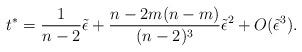
LaTeX: \begin{align*}t^\ast = {1 \over n-2}\tilde \epsilon+{n-2 m(n-m) \over (n-2)^3}\tilde \epsilon^2+ O(\tilde\epsilon^3).\end{align*}